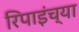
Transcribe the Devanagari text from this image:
रिपाइंच्या